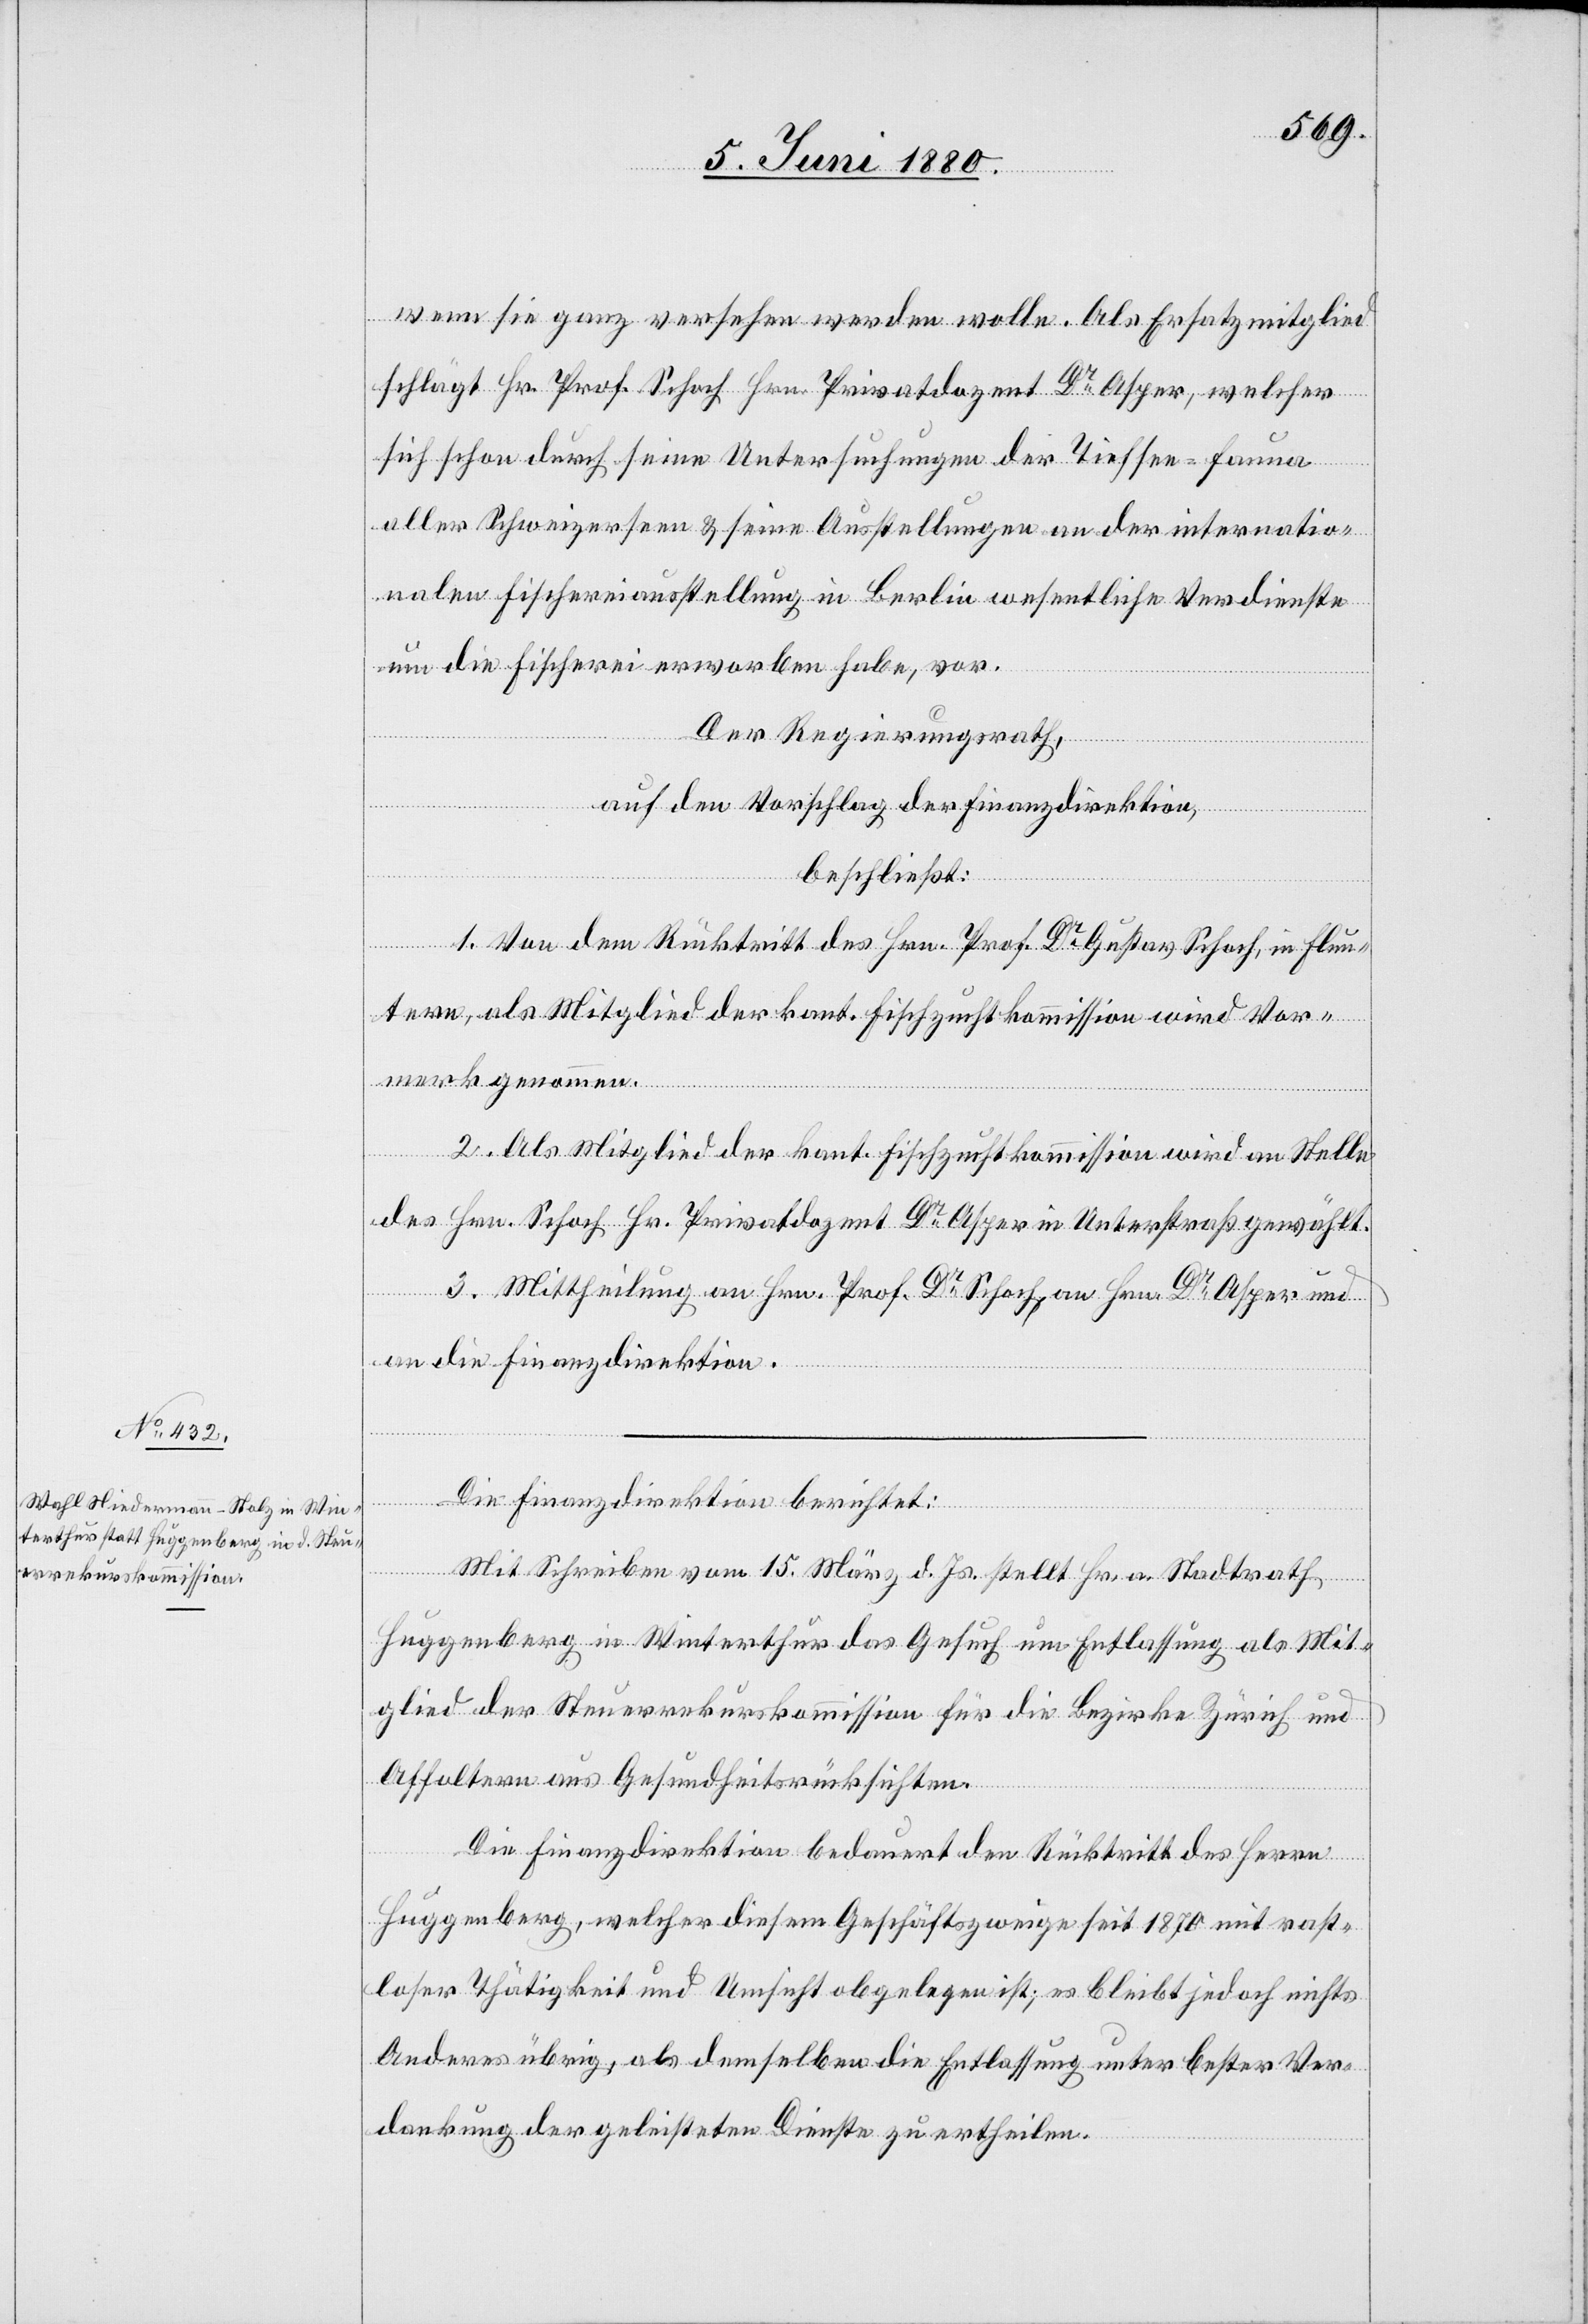
wenn sie ganz versehen werden wolle. Als Ersatzmitglied
schlägt Hr. Prof. Schoch Hrn. Privatdozent Dr Asper, welcher
sich schon durch seine Untersuchungen der Tiefsee-Fauna
aller Schweizerseen & seine Ausstellungen an der internatio¬
nalen Fischereiausstellung in Berlin wesentliche Verdienste
um die Fischerei erworben habe, vor.
Der Regierungsrath;
auf den Vorschlag der Finanzdirektion,
beschließt:
1. Von dem Rücktritt des Hrn. Prof. Dr Gustav Schoch, in Flun¬
tern, als Mitglied der kant. Fischzuchtkommission wird Vor¬
merk genommen.
2. Als Mitglied der kant. Fischzuchtkommission wird an Stelle
des Hrn. Schoch Hr. Privatdozent Dr Asper in Unterstraß gewählt.
3. Mittheilung an Hrn. Prof. Dr Schoch, an Hrn. Dr Asper und
an die Finanzdirektion.
Die Finanzdirektion berichtet:
Mit Schreiben vom 15. März d. Js. stellt Hr. a. Stadtrath
Huggenberg in Winterthur das Gesuch um Entlassung als Mit¬
glied der Steuerrekurskommission für die Bezirke Zürich und
Affoltern aus Gesundheitsrücksichten.
Die Finanzdirektion bedauert den Rücktritt des Herrn
Huggenberg, welcher diesem Geschäftszweige seit 1870 mit rast¬
loser Thätigkeit und Umsicht obgelegen ist; es bleibt jedoch nichts
Anderes übrig, als demselben die Entlassung unter bester Ver¬
dankung der geleisteten Dienste zu ertheilen.